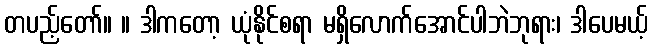
တပည့်တော်။ ။ ဒါကတော့ ယုံနိုင်စရာ မရှိလောက်အောင်ပါဘဲဘုရား၊ ဒါပေမယ့်